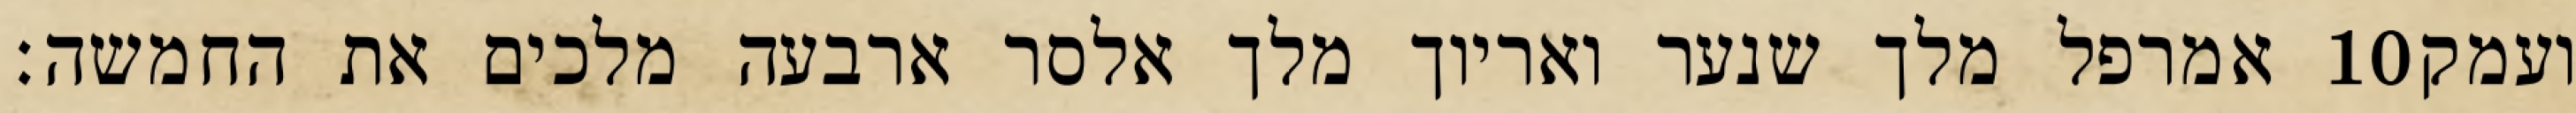
אמרפל מלך שנער ואריוך מלך אלסר ארבעה מלכים את החמשה׃ ‎10‏ ועמק